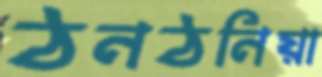
ঠনঠনিয়া